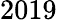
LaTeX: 2019